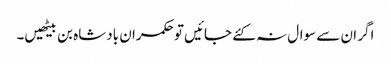
اگر ان سے سوال نہ کئے جائیں تو حکمران بادشاہ بن بیٹھیں۔